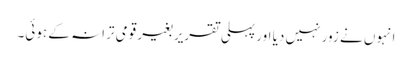
انہوں نے زور نہیں دیا اور پہلی تقریر بغیر قومی ترانہ کے ہوئی۔